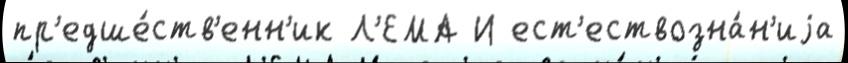
пр'едше́ств'енн'ик Л'ЕМА И ест'ествозна́н'иjа